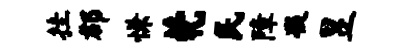
挂郡慊茕民障凝昱